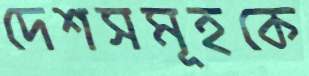
দেশসমূহকে